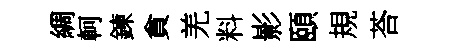
綢軻鍊貪羌料影頤規荅